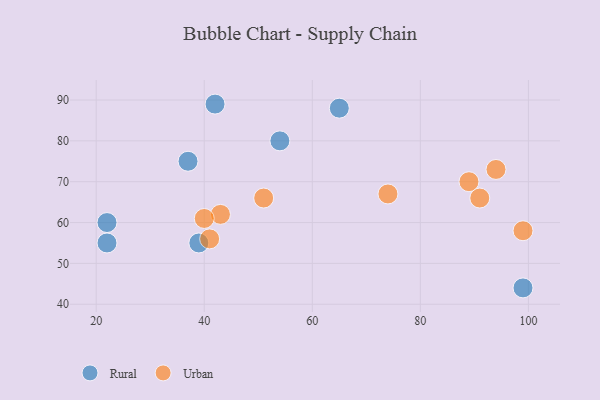
{"axis": {"x": "GDP", "y": "Life Expectancy"}, "legend": ["Rural", "Urban"], "data": [{"x": "39", "y": 55, "type": "Rural"}, {"x": "65", "y": 88, "type": "Rural"}, {"x": "54", "y": 80, "type": "Rural"}, {"x": "99", "y": 44, "type": "Rural"}, {"x": "42", "y": 89, "type": "Rural"}, {"x": "22", "y": 55, "type": "Rural"}, {"x": "22", "y": 60, "type": "Rural"}, {"x": "37", "y": 75, "type": "Rural"}, {"x": "74", "y": 67, "type": "Urban"}, {"x": "43", "y": 62, "type": "Urban"}, {"x": "51", "y": 66, "type": "Urban"}, {"x": "89", "y": 70, "type": "Urban"}, {"x": "94", "y": 73, "type": "Urban"}, {"x": "91", "y": 66, "type": "Urban"}, {"x": "99", "y": 58, "type": "Urban"}, {"x": "41", "y": 56, "type": "Urban"}, {"x": "40", "y": 61, "type": "Urban"}]}